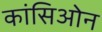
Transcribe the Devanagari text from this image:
कांसिओन